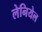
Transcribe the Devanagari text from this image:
लेनियेल